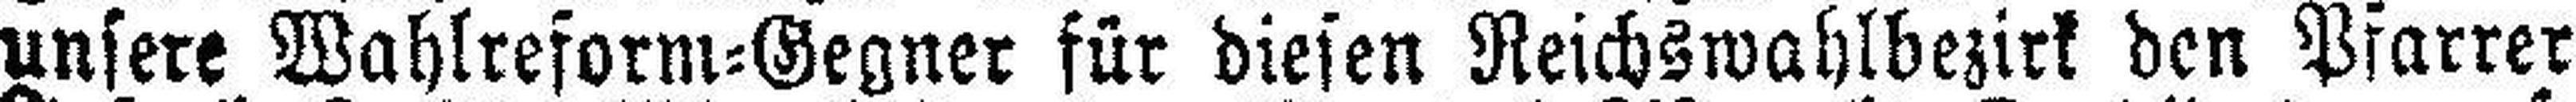
unsere Wahlreform=Gegner für diesen Reichswahlbezirk den Pfarrer